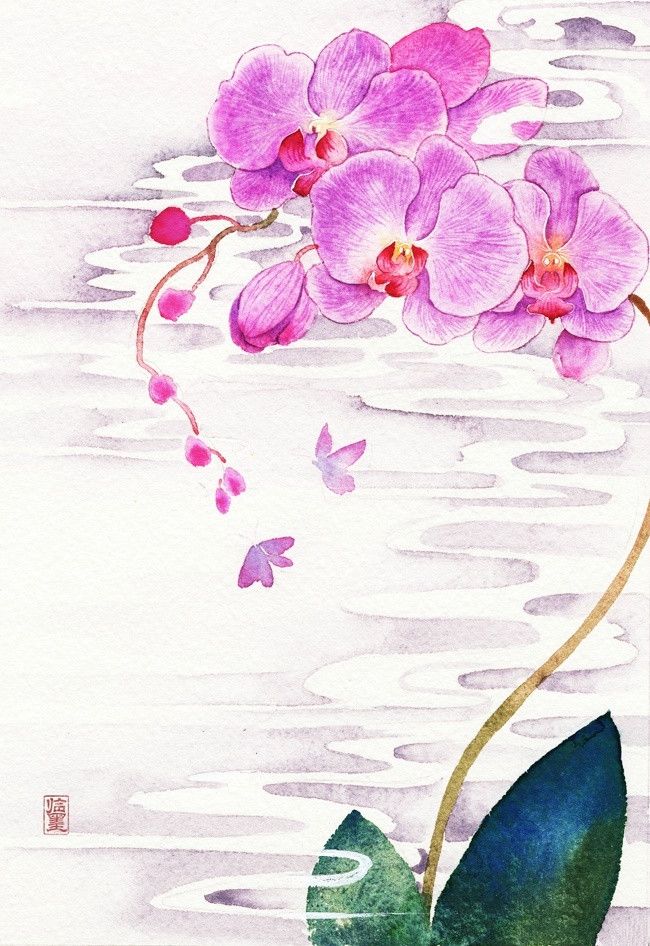
六曲阑干偎碧树，杨柳风轻，展尽黄金缕。